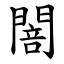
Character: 䦣